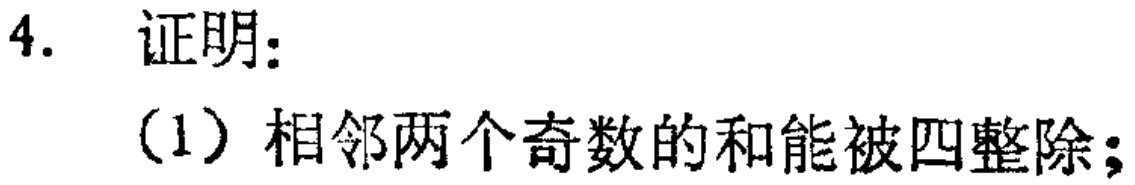
4. 证明：

(1) 相邻两个奇数的和能被四整除；